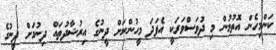
ކަންމިހެން އޮތުމުން މި ދުވަސްވަރަކީ އެފަދަ މީހުންނަށް ދީނުގެ އިރުޝާދުތައް ދިނުމަށް ދީނުގެ